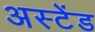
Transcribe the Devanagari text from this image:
अस्टेंड